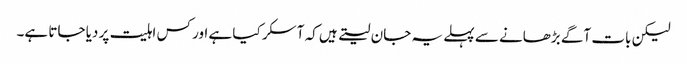
لیکن بات آگے بڑھانے سے پہلے یہ جان لیتے ہیں کہ آسکر کیا ہے اور کس اہلیت پر دیا جاتا ہے۔